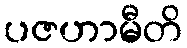
ပဇဟာမီတိ